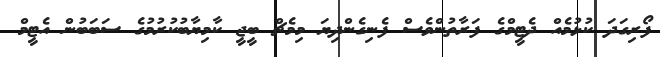
ފޯރިގަދަ ކުޅުމެއް ދެޓީމްގެ ފަރާތުންވެސް ފެނިގެންދިޔަ މިމެޗް ބީޖީ ކާމިޔާބުކުރުމުގެ ސަބަބުން އެޓީމް